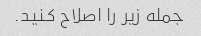
جمله زیر را اصلاح کنید.